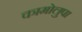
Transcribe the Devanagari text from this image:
कामोलुपा